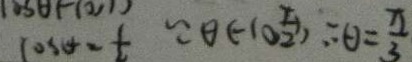
\cos \theta = \frac { 1 } { 2 } \because \theta \in ( 0 , \frac { \pi } { 2 } ) \therefore \theta = \frac { \pi } { 3 }